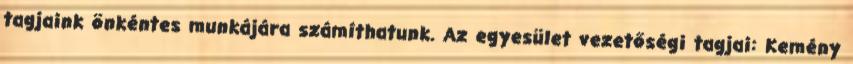
tagjaink önkéntes munkájára számíthatunk. Az egyesület vezetőségi tagjai: Kemény